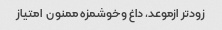
زودتر ازموعد, داغ وخوشمزه ممنون  امتیاز